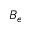
B _ { e }